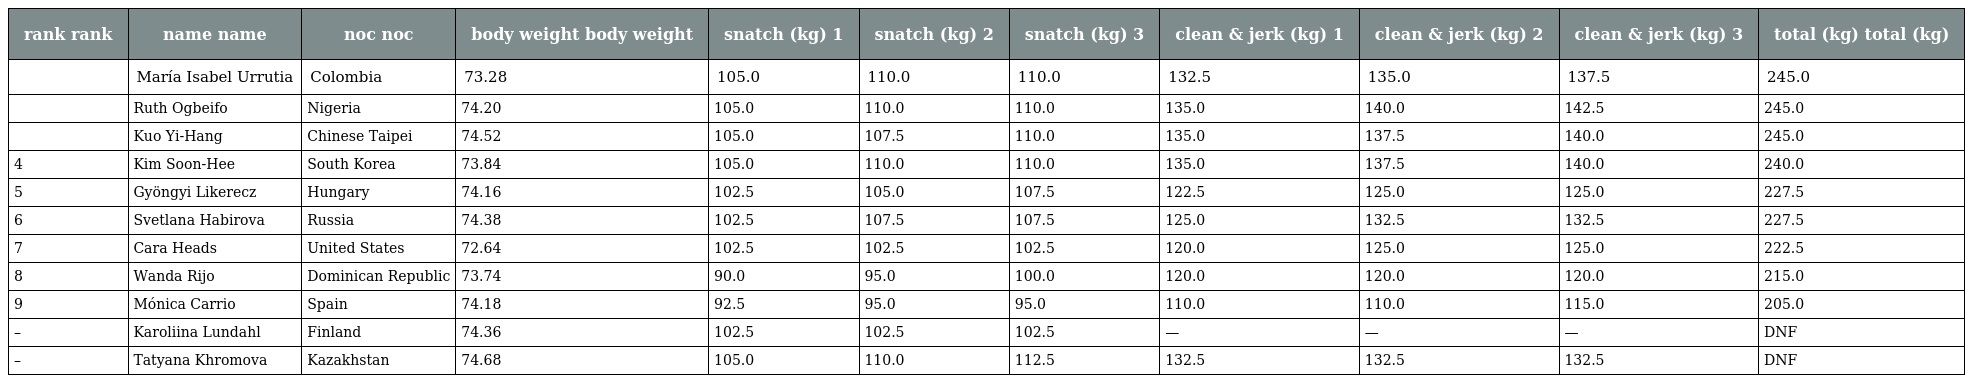
| rank rank | name name | noc noc | body weight body weight | snatch (kg) 1 | snatch (kg) 2 | snatch (kg) 3 | clean & jerk (kg) 1 | clean & jerk (kg) 2 | clean & jerk (kg) 3 | total (kg) total (kg) |
 | --- | --- | --- | --- | --- | --- | --- | --- | --- | --- | --- |
 |  | María Isabel Urrutia | Colombia | 73.28 | 105.0 | 110.0 | 110.0 | 132.5 | 135.0 | 137.5 | 245.0 |
 |  | Ruth Ogbeifo | Nigeria | 74.20 | 105.0 | 110.0 | 110.0 | 135.0 | 140.0 | 142.5 | 245.0 |
 |  | Kuo Yi-Hang | Chinese Taipei | 74.52 | 105.0 | 107.5 | 110.0 | 135.0 | 137.5 | 140.0 | 245.0 |
 | 4 | Kim Soon-Hee | South Korea | 73.84 | 105.0 | 110.0 | 110.0 | 135.0 | 137.5 | 140.0 | 240.0 |
 | 5 | Gyöngyi Likerecz | Hungary | 74.16 | 102.5 | 105.0 | 107.5 | 122.5 | 125.0 | 125.0 | 227.5 |
 | 6 | Svetlana Habirova | Russia | 74.38 | 102.5 | 107.5 | 107.5 | 125.0 | 132.5 | 132.5 | 227.5 |
 | 7 | Cara Heads | United States | 72.64 | 102.5 | 102.5 | 102.5 | 120.0 | 125.0 | 125.0 | 222.5 |
 | 8 | Wanda Rijo | Dominican Republic | 73.74 | 90.0 | 95.0 | 100.0 | 120.0 | 120.0 | 120.0 | 215.0 |
 | 9 | Mónica Carrio | Spain | 74.18 | 92.5 | 95.0 | 95.0 | 110.0 | 110.0 | 115.0 | 205.0 |
 | – | Karoliina Lundahl | Finland | 74.36 | 102.5 | 102.5 | 102.5 | — | — | — | DNF |
 | – | Tatyana Khromova | Kazakhstan | 74.68 | 105.0 | 110.0 | 112.5 | 132.5 | 132.5 | 132.5 | DNF |